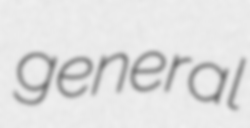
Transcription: general